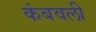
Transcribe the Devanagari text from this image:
कंबवली